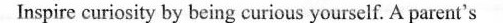
Inspire curiosity by being curious yourself. parent's